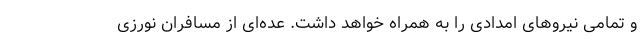
و تمامی نیروهای امدادی را به همراه خواهد داشت. عده‌ای از مسافران نورزی